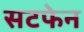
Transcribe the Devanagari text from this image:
सटफेन